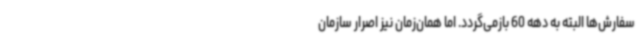
سفارش‌ها البته به دهه 60 بازمی‌گردد. اما همان‌زمان نیز اصرار سازمان